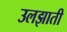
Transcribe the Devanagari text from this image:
उलझाती